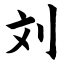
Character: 刘